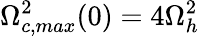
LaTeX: \Omega_{c,max}^{2}(0)=4\Omega_{h}^{2}